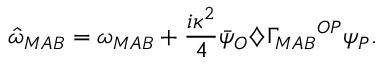
{ \hat { \omega } } _ { M A B } = \omega _ { M A B } + \frac { i \kappa ^ { 2 } } { 4 } { \bar { \psi } } _ { O } \diamondsuit { \Gamma _ { M A B } } ^ { O P } \psi _ { P } .